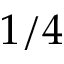
1 / 4